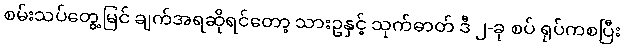
စမ်းသပ်တွေ့မြင် ချက်အရဆိုရင်တော့ သားဥနှင့် သုက်ဓာတ် ဒီ ၂-ခု စပ် ရုပ်ကစပြီး